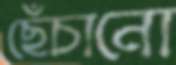
ছেঁচানো